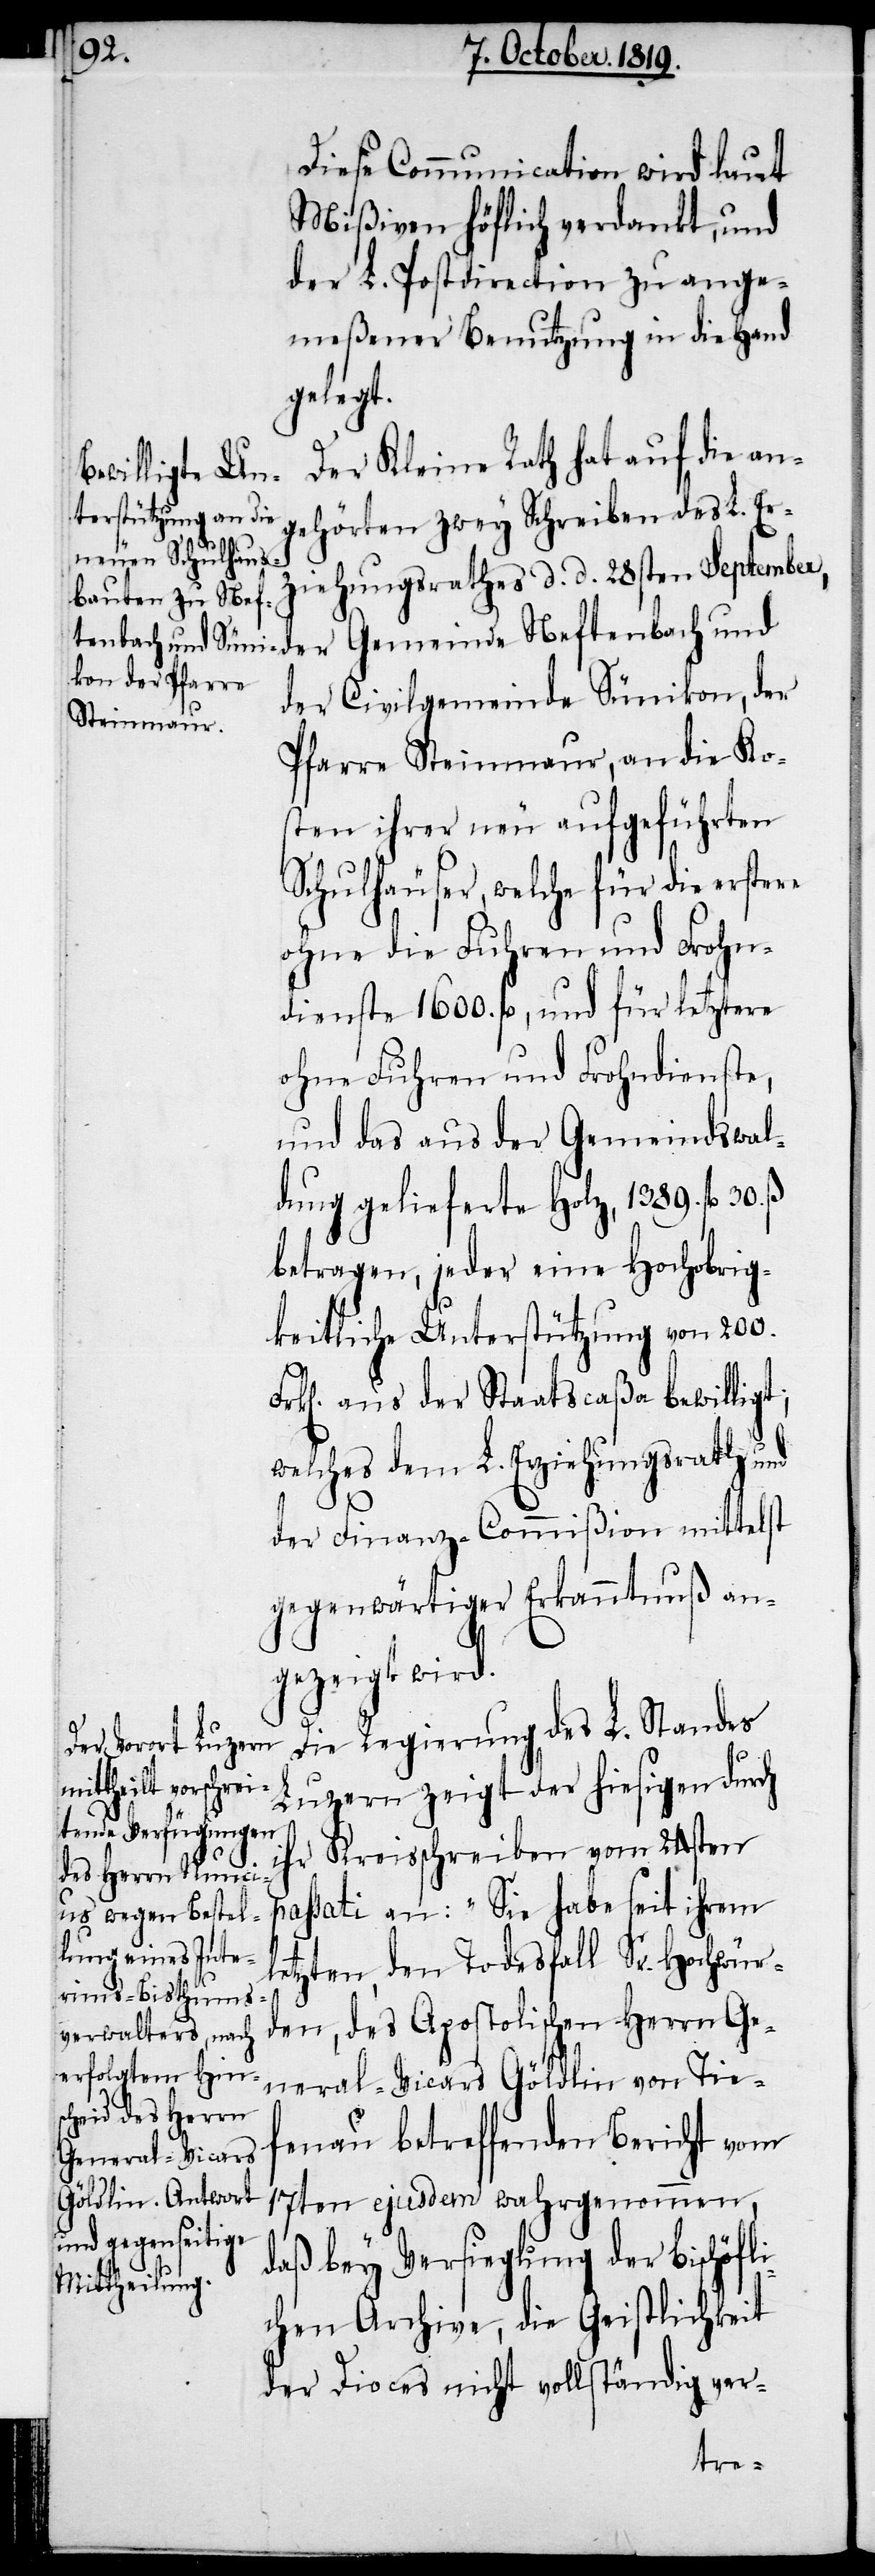
Diese Communication wird laut
Mißiven höflich verdankt, und
der L. Postdirection zu ange¬
meßener Benutzung in die Hand
gelegt.
Der Kleine Rath hat auf die an¬
gehörten zwey Schreiben des L. Er¬
ziehungsrathes d. d. 28sten September,
der Civilgemeinde Sünikon, der
Pfarre Steinmaur, an die Ko¬
sten ihrer neu aufgeführten
Schulhäuser, welche für die erstere
ohne die Fuhren und Frohn¬
dienste 1600. fl, und für letztere
ohne Fuhren und Frohndienste,
und das aus der Gemindswal¬
dung gelieferte Holz, 1389. fl. 30.
betragen, jeder eine Hochobrig¬
keitliche Unterstützung von 200.
k[en]. aus der Staatscaßa bewilligt;
welches dem L. Erziehungrath und
der Finanz-Commißion mittelst
gegenwärtiger Erkanntnuß an¬
gezeigt wird.
Die Regierung des L. Standes
Luzern zeigt der hiesigen durch
l¬
Kreisschreiben vom 24sten
passati an: „Sie habe seit ihrem
etzten, den Todesfall Sr. Hochwür¬
den, des Apostolischen Herrn Ge¬
neral-Vicars Göldlin von Tie¬
fenau betreffenden Bericht vom
17ten ejusdem wahrgenommen,
daß bey Versieglung der Bischöfl¬
ß.
ichen Archive, die Geistlichkeit
der Dioces nicht vollständig ver-